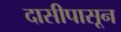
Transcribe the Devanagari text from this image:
दासीपासून